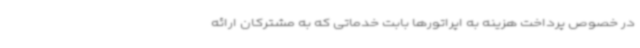
در خصوص پرداخت هزینه به اپراتورها بابت خدماتی که به مشترکان ارائه